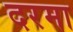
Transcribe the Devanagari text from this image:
दरमा